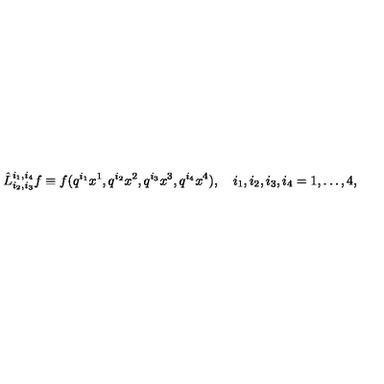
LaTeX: \hat { L } _ { i _ { 2 } , i _ { 3 } } ^ { i _ { 1 } , i _ { 4 } } f \equiv f ( q ^ { i _ { 1 } } x ^ { 1 } , q ^ { i _ { 2 } } x ^ { 2 } , q ^ { i _ { 3 } } x ^ { 3 } , q ^ { i _ { 4 } } x ^ { 4 } ) , \quad i _ { 1 } , i _ { 2 } , i _ { 3 } , i _ { 4 } = 1 , \dots , 4 ,